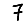
Digit: 7